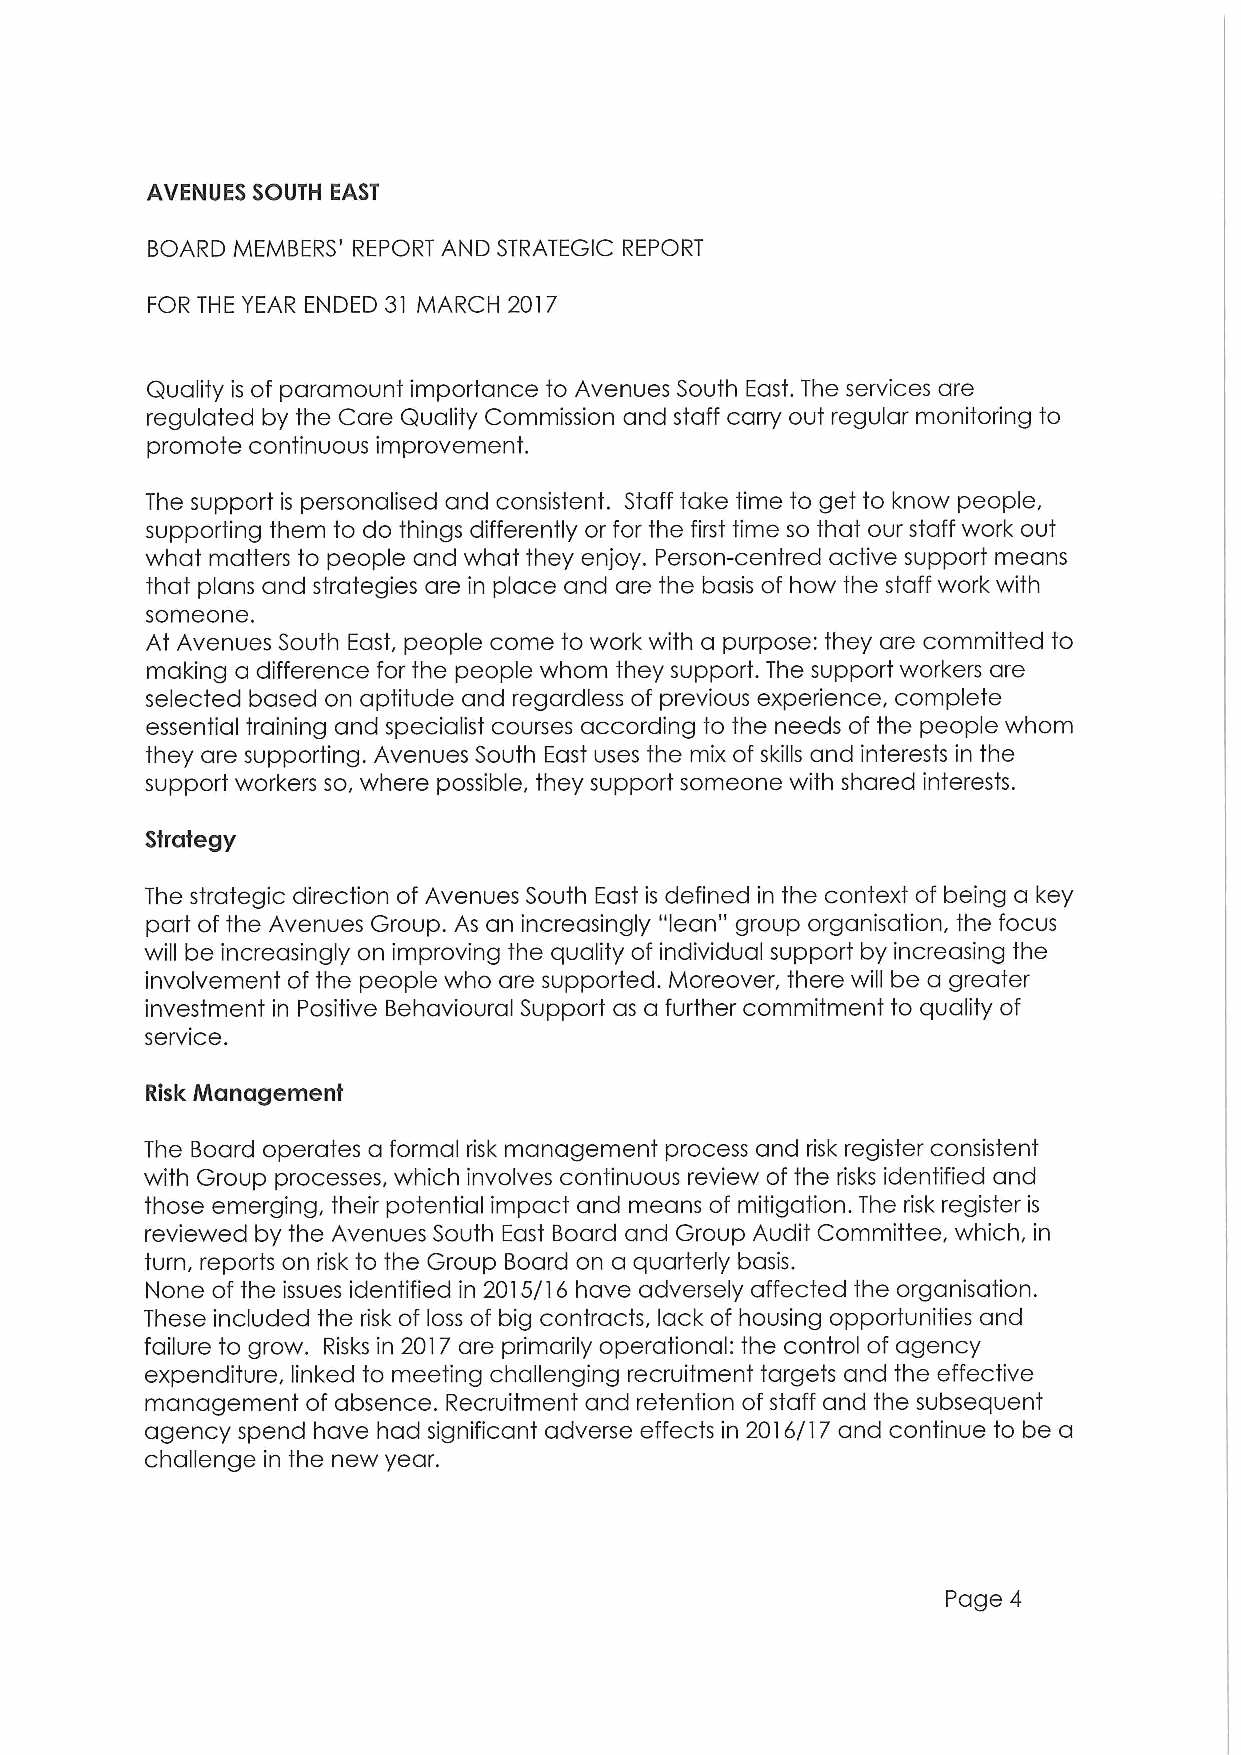
AVENUES SOUTH EAST
 BOARD MEMBERS' REPORT AND STRATEGIC REPORT
 FOR THE YEAR ENDED 31 MARCH 2017
 Quality is of paramount importance to Avenues South East. The services are
 regulated by the Care Quality Commission and staff carry out regular monitoring to
 promote continuous improvement.
 The support is personalised and consistent. Staff take time to get to know people,
 supporting them to do things differently or for the first time so that our staff work out
 what matters to people and what they enjoy. Person-centred active support means
 that plans and strategies are in place and are the basis of how the staff work with
 someone.
 At Avenues South East, people come to work with a purpose: they are committed to
 making a difference for the people whom they support. The support workers are
 selected based on aptitude and regardless of previous experience, complete
 essential training and specialist courses according to the needs of the people whom
 they are supporting. Avenues South East uses the mix of skills and interests in the
 support workers so, where possible, they support someone with shared interests.
 Strategy
 The strategic direction of Avenues South East is defined in the context of being a key
 part of the Avenues Group. As an increasingly "lean" group organisation, the focus
 will be increasingly on improving the quality of individual support by increasing the
 involvement of the people who are supported. Moreover, there will be a greater
 investment in Positive Behavioural Support as a further commitment to quality of
 service.
 Risk Management
 The Board operates a formal risk management process and risk register consistent
 with Group processes, which involves continuous review of the risks identified and
 those emerging, their potential impact and means of mitigation. The risk register is
 reviewed by the Avenues South East Board and Group Audit Committee, which, in
 turn, reports on risk to the Group Board on a quarterly basis.
 None of the issues identified in 2015/16 have adversely affected the organisation.
 These included the risk of loss of big contracts, lack of housing opportunities and
 failure to grow. Risks in 2017are primarily operational: the control of agency
 expenditure, linked to meeting challenging recruitment targets and the effective
 management of absence. Recruitment and retention of staff and the subsequent
 agency spend have had significant adverse effects in 2016/17 and continue to be a
 challenge in the new year.
 Page 4